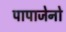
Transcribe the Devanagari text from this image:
पापाजेनो